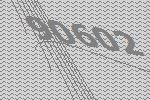
90602